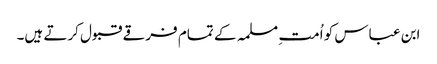
ابن عباس کو اُمت ِمسلمہ کے تمام فرقے قبول کرتے ہیں۔